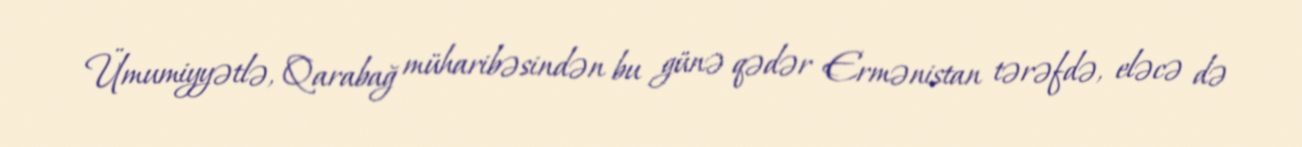
Ümumiyyətlə, Qarabağ müharibəsindən bu günə qədər Ermənistan tərəfdə, eləcə də